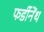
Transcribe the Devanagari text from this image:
फर्डीनेंथ